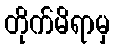
တိုက်မိရာမှ